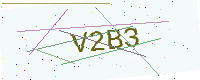
Text: V2B3